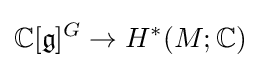
\mathbb {C} [{\mathfrak {g}}]^{G}\to H^{*}(M;\mathbb {C} )